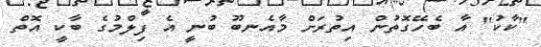
"ކާކު" އާ ބެހޭގޮތުން އިތުރަށް މާއެނބޫ ބުނީ އެ ފިލްމުގެ ބާކީ އޮތް